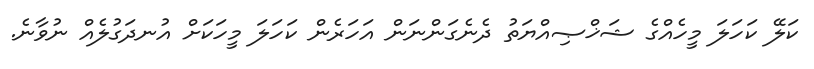
ކަލޭ ކަހަލަ މީހެއްގެ ޝަޚްޞިއްޔަތު ދެނެގަންނަން އަހަރެން ކަހަލަ މީހަކަށް އުނދަގުލެއް ނުވާނެ.